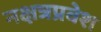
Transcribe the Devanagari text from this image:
नक्षत्रप्रवेश